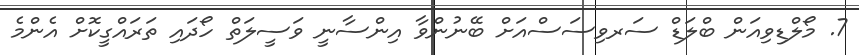
7. މޯލްޑިވިއަން ބްލަޑް ސަރވިސަސްއަށް ބޭނުންވާ އިންސާނީ ވަސީލަތް ހޯދައި ތަރައްގީކޮށް އެންމެ